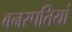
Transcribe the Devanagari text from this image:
बनस्पतियां